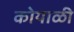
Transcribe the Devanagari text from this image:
कोयाळी